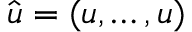
\hat { \boldsymbol { u } } = ( u , \dots , u )